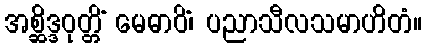
အစ္ဆိဒ္ဒဝုတ္တိံ မေဓာဝိံ၊ ပညာသီလသမာဟိတံ။